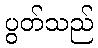
ပွတ်သည်